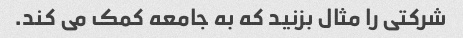
شرکتی را مثال بزنید که به جامعه کمک می کند.